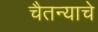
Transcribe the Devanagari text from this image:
चैतन्याचे